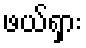
ဖယ်ရှား